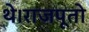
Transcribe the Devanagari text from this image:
थे।राजपूतो